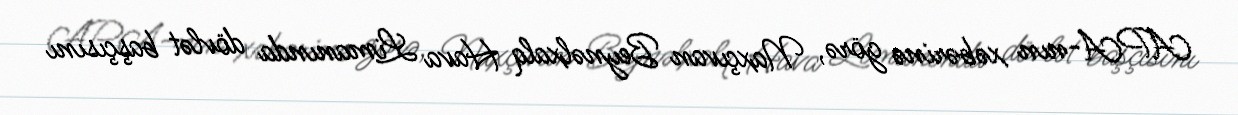
APA-nın xəbərinə görə, Naxçıvan Beynəlxalq Hava Limanında dövlət başçısını